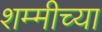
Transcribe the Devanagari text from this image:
शम्मीच्या